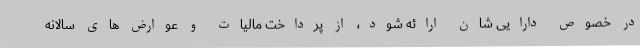
در خصوص دارایی شان ارائه شود، از پرداخت مالیات و عوارض های سالانه